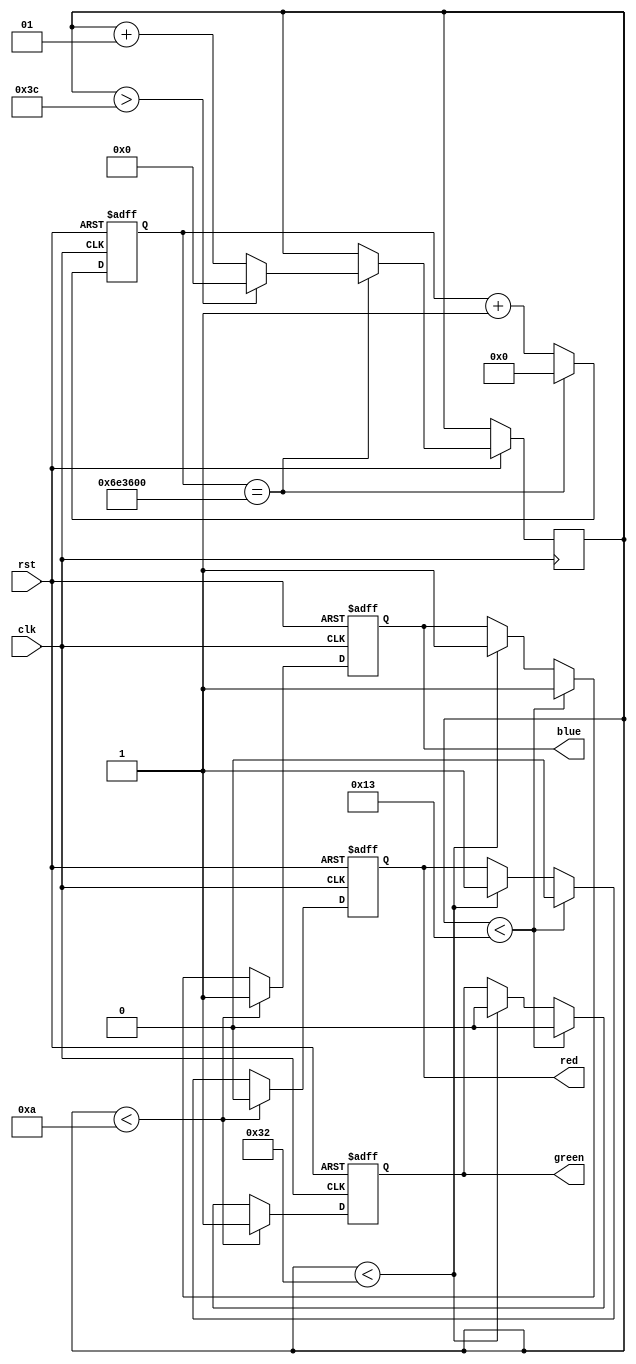
module traffic_lights(
  input clk,
  input rst,
  output reg red,
  output reg blue,
  output reg green
);

  reg [23:0] counter;
  integer saniye;

  always @(posedge clk or negedge rst) begin
    if (!rst) begin
      counter <= 24'd0;
      red <= 1'b1;
      blue <= 1'b0;
      green <= 1'b0;
    end else begin
      if (saniye < 10) begin // Kırmızı ışık 
        red <= 1'b0;
        blue <= 1'b1;
        green <= 1'b1;
      end 

      else if (saniye < 19) begin // Sarı ışık 
        red <= 1'b0;
        blue <= 1'b1;
        green <= 1'b0;
      end 

      else if (saniye < 50) begin // Yeşil ışık 
        red <= 1'b1;
        blue <= 1'b1;
        green <= 1'b0;
      end 
      counter <= counter + 1;
      if (counter == 24'd2400_0000) begin
        counter <= 24'd0;

        saniye <= saniye + 1;
        if (saniye > 60 )begin
        saniye <= 0;
    end
      end
    end
  end
endmodule